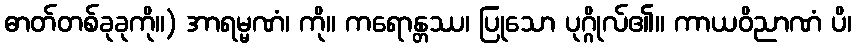
ဓာတ်တစ်ခုခုကို။) အာရမ္မဏံ၊ ကို။ ကရောန္တဿ၊ ပြုသော ပုဂ္ဂိုလ်၏။ ကာယဝိညာဏံ ပိ၊